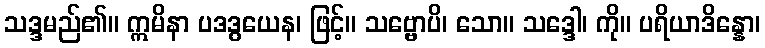
သဒ္ဒမည်၏။ ဣမိနာ ပဒဒွယေန၊ ဖြင့်။ သဗ္ဗောပိ၊ သော။ သဒ္ဒေါ၊ ကို။ ပရိယာဒိန္နော၊